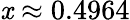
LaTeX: \textstyle\mathit{x}\approx0.4964